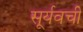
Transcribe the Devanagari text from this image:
सूर्यवची